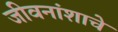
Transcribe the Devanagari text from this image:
जीवनांशाचे